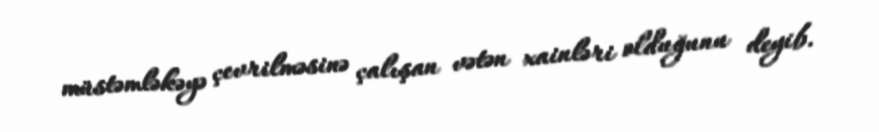
müstəmləkəyə çevrilməsinə çalışan vətən xainləri olduğunu deyib.